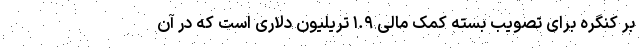
بر کنگره برای تصویب بسته کمک مالی ۱.۹ تریلیون دلاری است که در آن